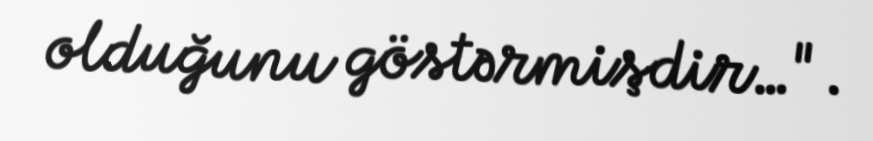
olduğunu göstərmişdir…".